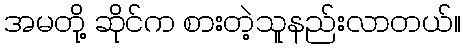
အမတို့ ဆိုင်က စားတဲ့သူနည်းလာတယ်။